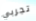
تجربي